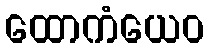
ထောကံယေဝ